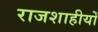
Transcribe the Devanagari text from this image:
राजशाहीयों